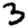
Digit: 3